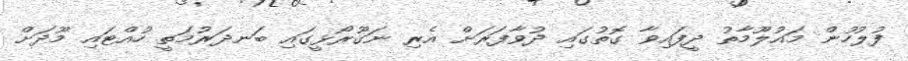
ފުލުހުން މައުލޫމާތު ދީފައިވާ ގޮތުގައި ދުވާފަރަށް އެރި ނަގޫރޯޅީގައި ބަނދަރުމަތީ ހުއްޓައި މޫދަށް